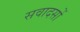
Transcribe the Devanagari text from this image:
सवादसों